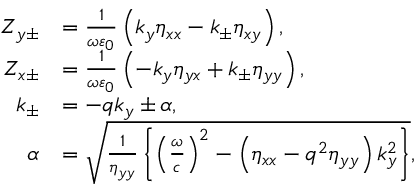
\begin{array} { r l } { Z _ { y \pm } } & { = \frac { 1 } { \omega \varepsilon _ { 0 } } \left( k _ { y } \eta _ { x x } - k _ { \pm } \eta _ { x y } \right) , } \\ { Z _ { x \pm } } & { = \frac { 1 } { \omega \varepsilon _ { 0 } } \left( - k _ { y } \eta _ { y x } + k _ { \pm } \eta _ { y y } \right) , } \\ { k _ { \pm } } & { = - q k _ { y } \pm \alpha , } \\ { \alpha } & { = \sqrt { \frac { 1 } { \eta _ { y y } } \left\{ \left( \frac { \omega } { c } \right) ^ { 2 } - \left( \eta _ { x x } - q ^ { 2 } \eta _ { y y } \right) k _ { y } ^ { 2 } \right\} } , } \end{array}